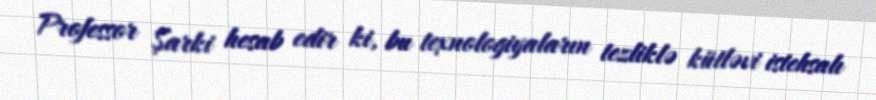
Professor Şarki hesab edir ki, bu texnologiyaların tezliklə kütləvi istehsalı